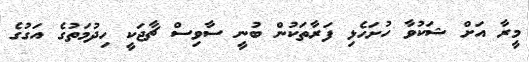
މީރާ އަށް ޝަކުވާ ހުށަހެޅި ފަރާތަކުން ބުނީ ސާވިސް ޗާޖަކީ ހިދުމަތުގެ އަގުގެ